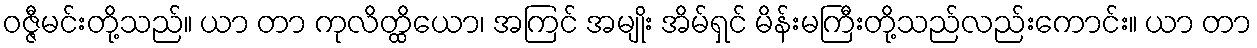
ဝဇ္ဇီမင်းတို့သည်။ ယာ တာ ကုလိတ္ထိယော၊ အကြင် အမျိုး အိမ်ရှင် မိန်းမကြီးတို့သည်လည်းကောင်း။ ယာ တာ